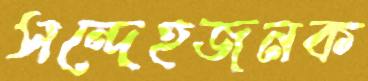
সন্দেহজনক